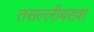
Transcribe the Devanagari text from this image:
तसल्लीबख्श